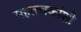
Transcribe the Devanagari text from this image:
महत्त्वकांशी